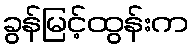
ခွန်မြင့်ထွန်းက